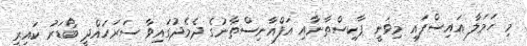
މި ހަމަލާ އައިސްފައި މިވަނީ ޕާކިސްތާނާއި އަފްޣާނިސްތާނުގެ ދެމެދުގައިވާ ސަރަހައްދީ ބޯޑަރު ކައިރީ